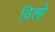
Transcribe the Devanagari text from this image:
विल्से